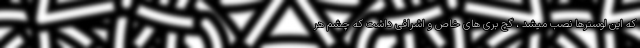
که این لوسترها نصب میشد ، گچ بری های خاص و اشرافی داشت که چشم هر